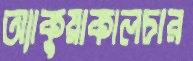
অ্যাকুয়াকালচার